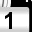
Digit: 1